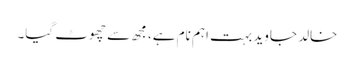
خالد جاوید بہت اہم نام ہے، مجھ سے چھوٹ گیا۔